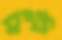
রক্ষ